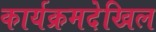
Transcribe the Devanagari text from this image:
कार्यक्रमदेखिल